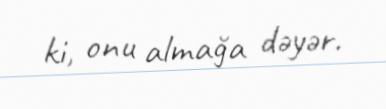
ki, onu almağa dəyər.